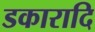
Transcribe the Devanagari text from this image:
डकारादि